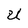
Character: U